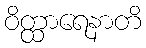
ဝိတ္ထာရေနာတိ